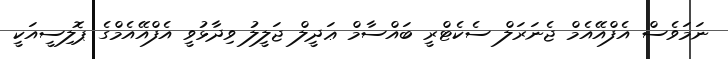
ނަމަވެސް އެފްއޭއެމް ޖެނަރަލް ސެކެޓްރީ ބައްސާމް ޢަދީލް ޖަލީލު ވިދާޅުވީ އެފްއޭއެމްގެ ޕޮލިސީއަކީ